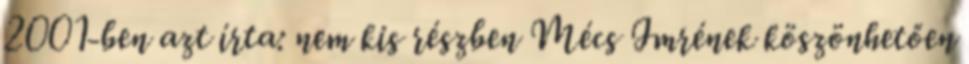
2001-ben azt írta: nem kis részben Mécs Imrének köszönhetően